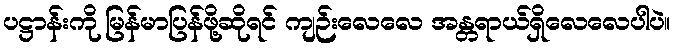
ပဋ္ဌာန်းကို မြန်မာပြန်ဖို့ဆိုရင် ကျဉ်းလေလေ အန္တရာယ်ရှိလေလေပါပဲ။